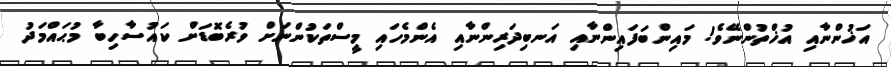
އަޚުންނާއި އުޚްތުންނޭވެ! މައިންބަފައިންނާއި އަނބިދަރިންނާއި އެންމެހައި މީސްތަކުންނަށް ވުރެބޮޑަށް ކައުސާހިބާ މުޙައްމަދު